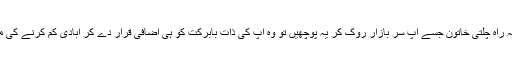
‘‘ (عین ممکن ہے کہ راہ چلتی خاتون جسے آپ سر بازار روک کر یہ پوچھیں تو وہ آپ کی ذات بابرکت کو ہی اضافی قرار دے کر آبادی کم کرنے کی مہم کا آغاز کر دے)۔